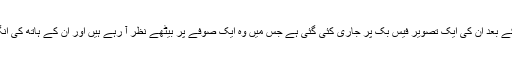
سیف الاسلام کی گرفتاری کے بعد ان کی ایک تصویر فیس بک پر جاری کئی گئی ہے جس میں وہ ایک صوفے پر بیٹھے نظر آ رہے ہیں اور ان کے ہاتھ کی انگلیوں پر پلستر چڑھا ہوا ہے۔